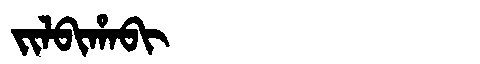
Manchu: ᠵᡳᠯᠪᡳᡥᠠᠪᡳ
Romanization: JILBIHABI